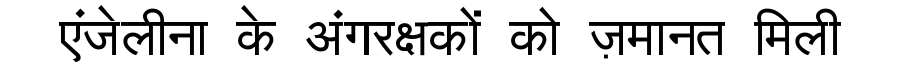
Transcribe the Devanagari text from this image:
एंजेलीना के अंगरक्षकों को ज़मानत मिली